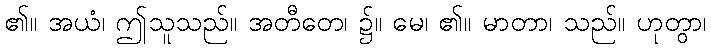
၏။ အယံ၊ ဤသူသည်။ အတီတေ၊ ၌။ မေ၊ ၏။ မာတာ၊ သည်။ ဟုတွာ၊